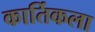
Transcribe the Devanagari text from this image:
कार्तिकला